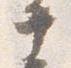
十